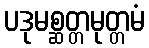
ပဒုမစ္ဆတ္တမုတ္တမံ